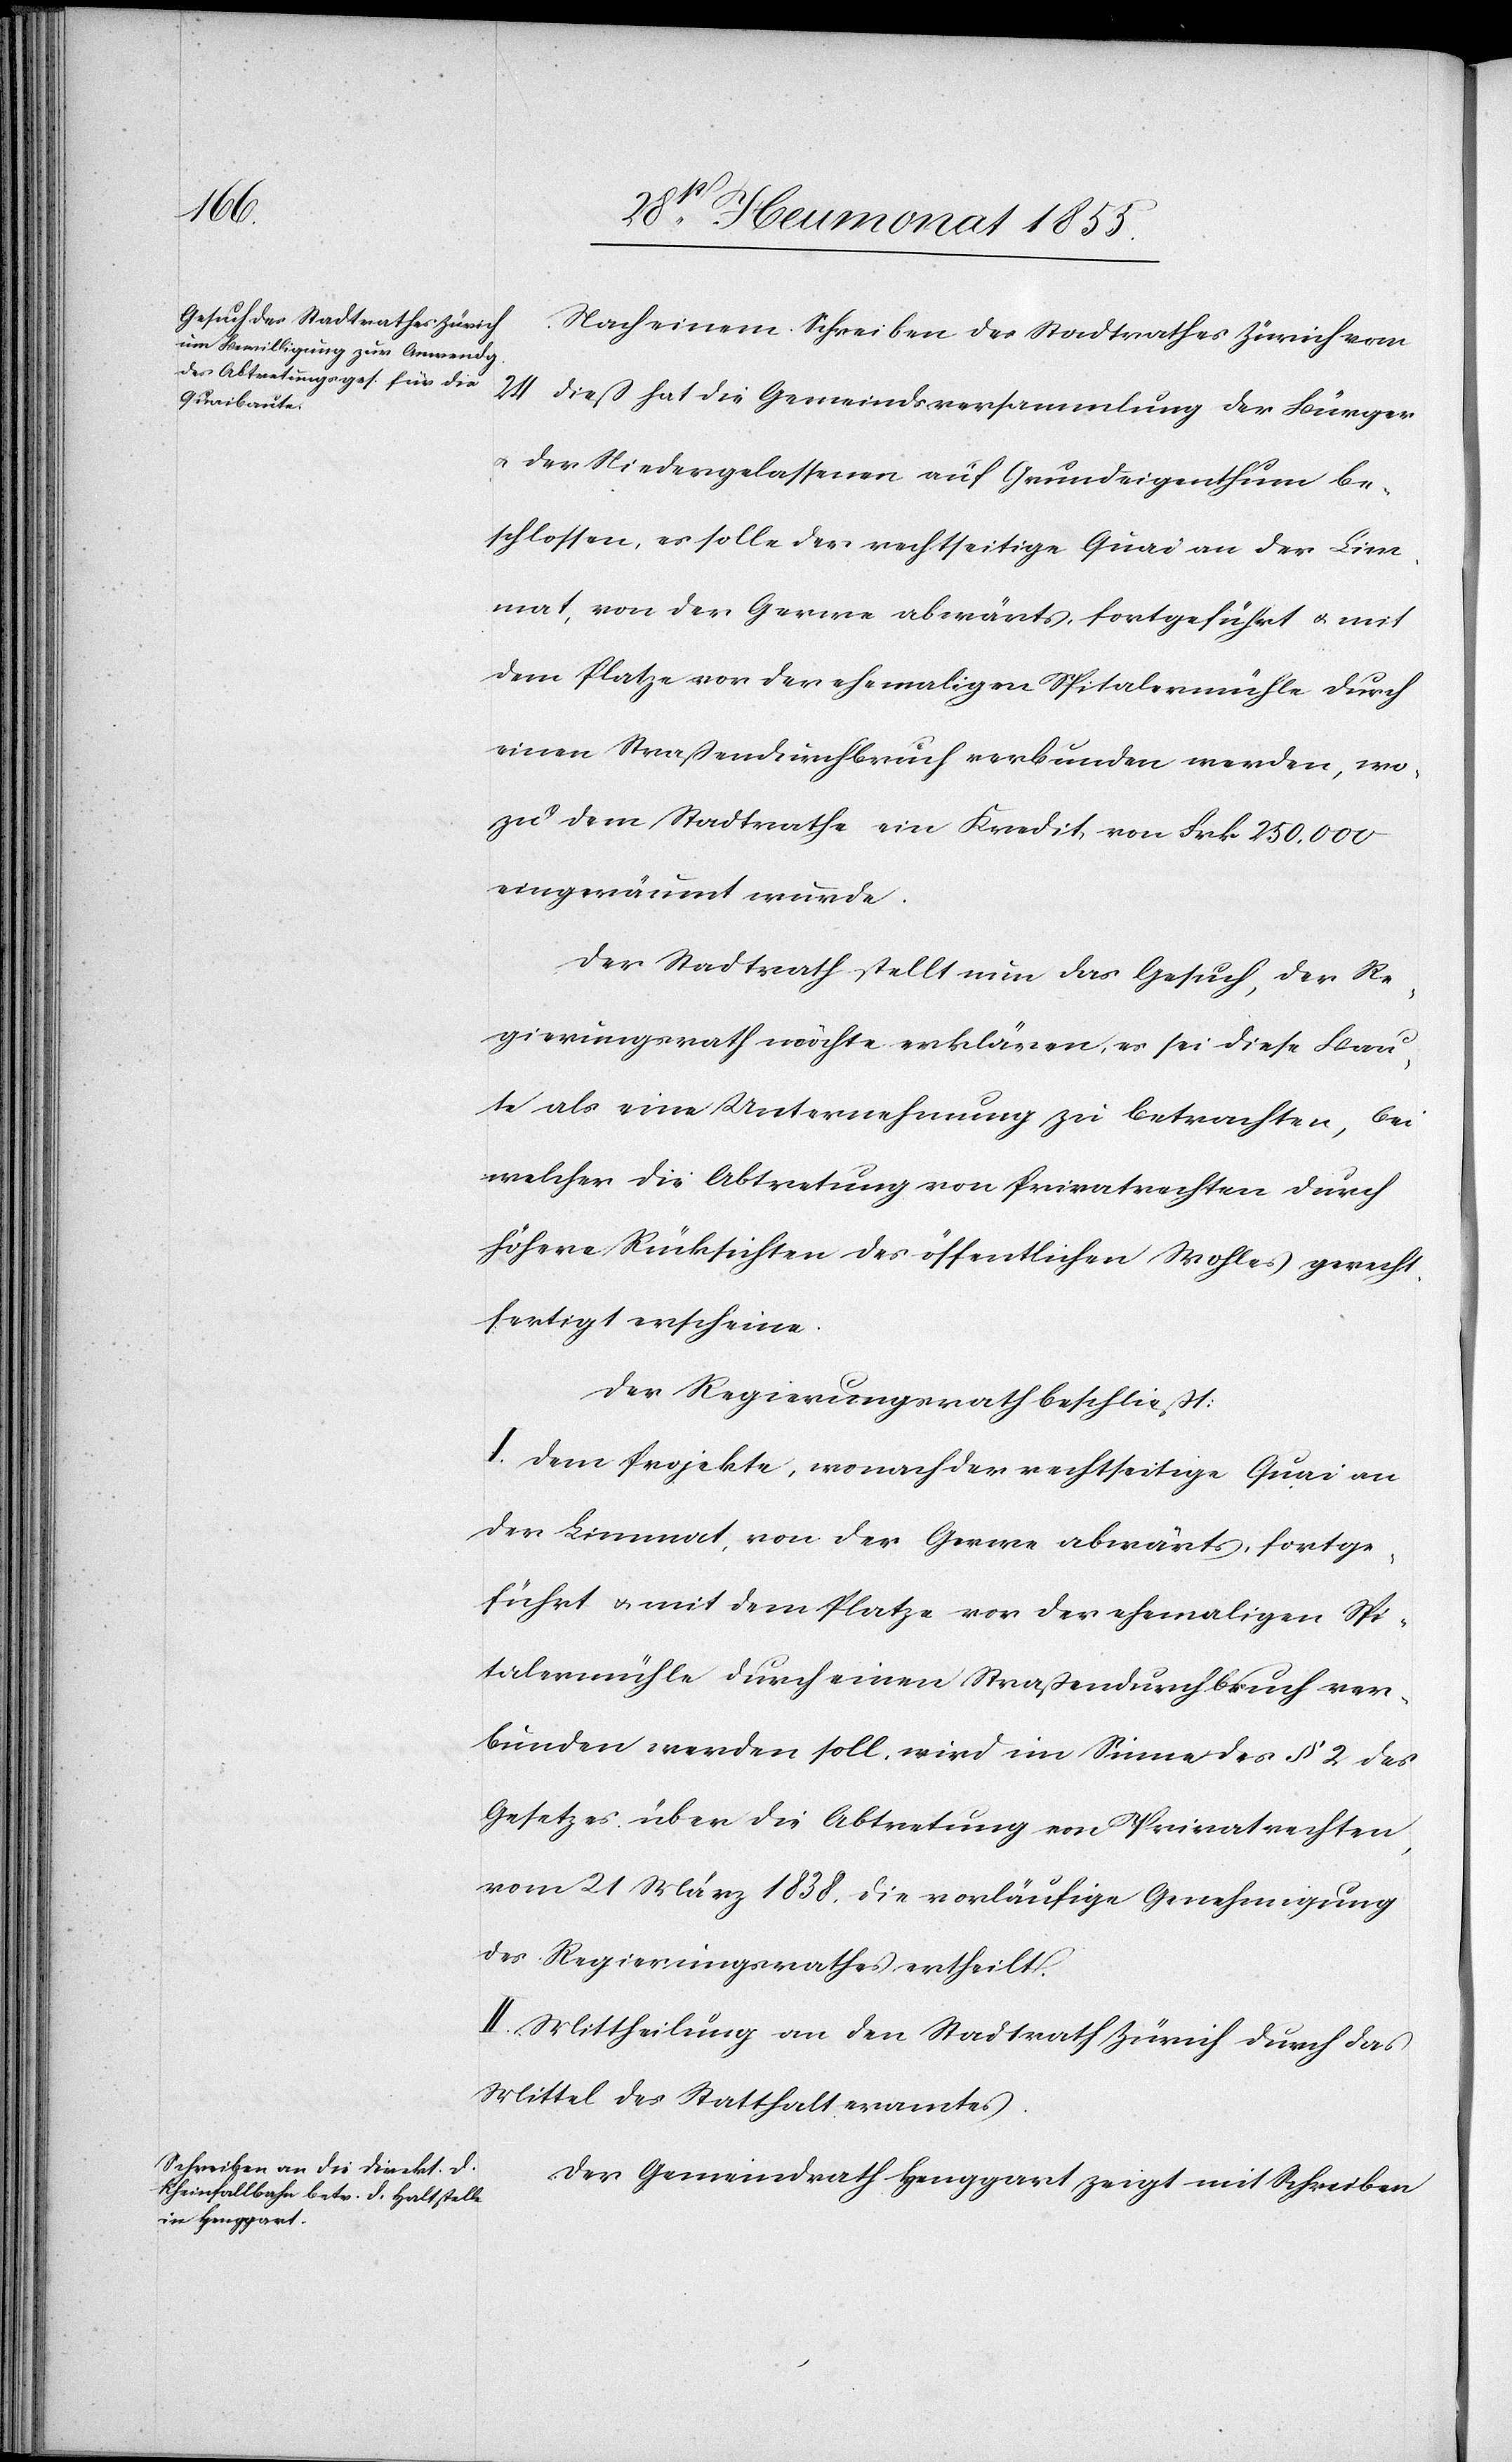
Nach einem Schreiben des Stadtrathes Zürich vom
24 dieß hat die Gemeindsversammlung der Bürger
& der Niedergelassenen auf Grundeigenthum be¬
schlossen, es solle der rechtseitige Quai an der Lim¬
mat, von der Gerwe abwärts, fortgeführt & mit
dem Platze vor der ehemaligen Spitalermühle durch
einen Straßendurchbruch verbunden werden, wo¬
zu dem Stadtrathe ein Kredit von Frk. 250,000
eingeräumt wurde.
Der Stadtrath stellt nun das Gesuch, der Re¬
gierungsrath möchte erklären, es sei diese Bau¬
te als eine Unternehmung zu betrachten, bei
welcher die Abtretung von Privatrechten durch
höhere Rücksichten des öffentlichen Wohles gerecht¬
fertigt erscheine.
Der Regierungsrath beschließt:
I. Dem Projekte, wonach der rechtseitige Quai an
der Limmat, von der Gerwe abwärts, fortge¬
führt & mit dem Platze vor der ehemaligen Spi¬
talermühle durch einen Straßendurchbruch ver¬
bunden werden soll, wird im Sinne des § 2 des
Gesetzes über die Abtretung von Privatrechten,
vom 21 März 1838, die vorläufige Genehmigung
des Regierungsrathes ertheilt.
II. Mittheilung an den Stadtrath Zürich durch das
Mittel des Statthalteramtes.
Der Gemeindrath Henggart zeigt mit Schreiben